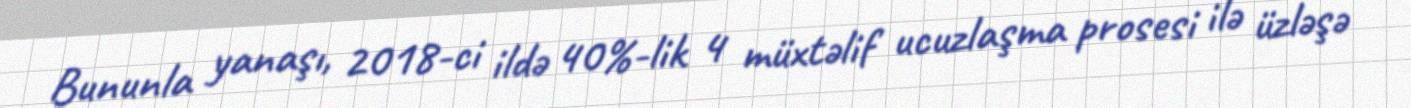
Bununla yanaşı, 2018-ci ildə 40%-lik 4 müxtəlif ucuzlaşma prosesi ilə üzləşə